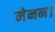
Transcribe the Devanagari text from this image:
मेनन।